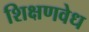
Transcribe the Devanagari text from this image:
शिक्षणवेध